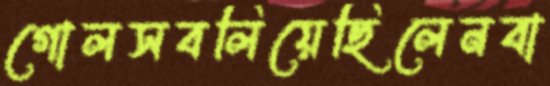
গোলসবলিয়েছিলেনবা